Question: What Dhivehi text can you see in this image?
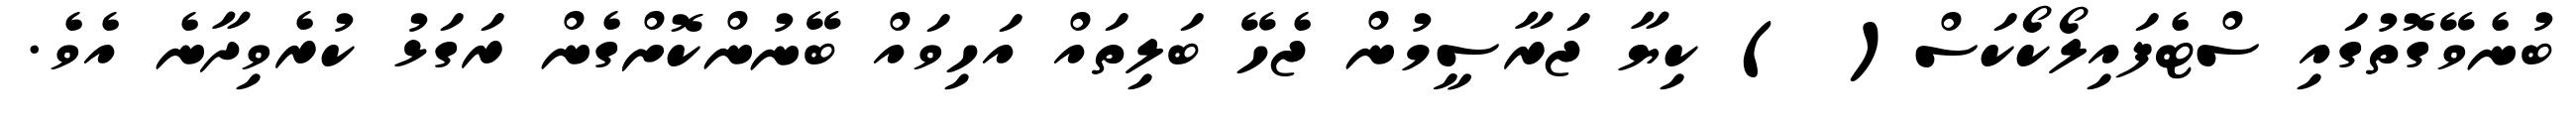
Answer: ބުނެވޭގޮތުގައި ސްޓެފައިލޯކޯކަސް( ) ކިޔާ ޖަރާސީމުން ޖެހޭ ބަލިތައް އަހިވައް ބޭނުންކޮށްގެން ރަގަޅު ކުރެވިދާނެ އެވެ.